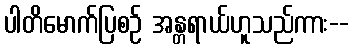
ပါတိမောက်ပြစဉ် အန္တရာယ်ဟူသည်ကား--